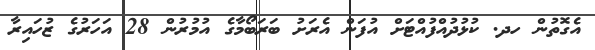
އެގޮތުން ހދ. ކުޅުދުއްފުއްޓަށް އުފަން އެރަށު ބަރަބޯމާގެ އުމުރުން 28 އަހަރުގެ ޒުހައިރާ